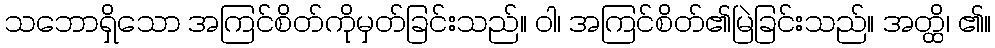
သဘောရှိသော အကြင်စိတ်ကိုမှတ်ခြင်းသည်။ ဝါ၊ အကြင်စိတ်၏မြဲခြင်းသည်။ အတ္ထိ၊ ၏။